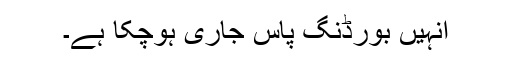
انہیں بورڈنگ پاس جاری ہوچکا ہے۔